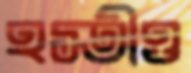
হস্তীও